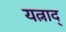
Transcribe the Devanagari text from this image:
यत्नाद्